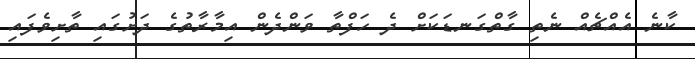
ކާނެ އެއްޗެއް ނެތި ގާތްގަނޑަކަށް ދެ ހަފްތާ ވަންދެން އިމާރާތުގެ ދަށުގައި ތާށިވެފައި